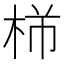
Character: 𪲍